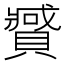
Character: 𰷍